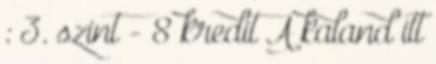
: 3. szint - 8 kredit A kaland itt